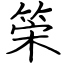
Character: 筞